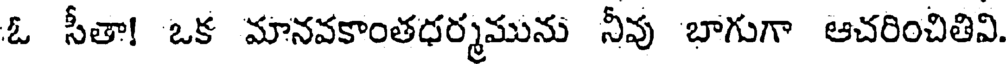
ఓ సీతా! ఒక మానవకాంతధర్మమును నీవు బాగుగా ఆచరించితివి.